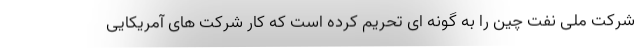
شرکت ملی نفت چین را به گونه ای تحریم کرده است که کار شرکت های آمریکایی